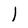
Character: I